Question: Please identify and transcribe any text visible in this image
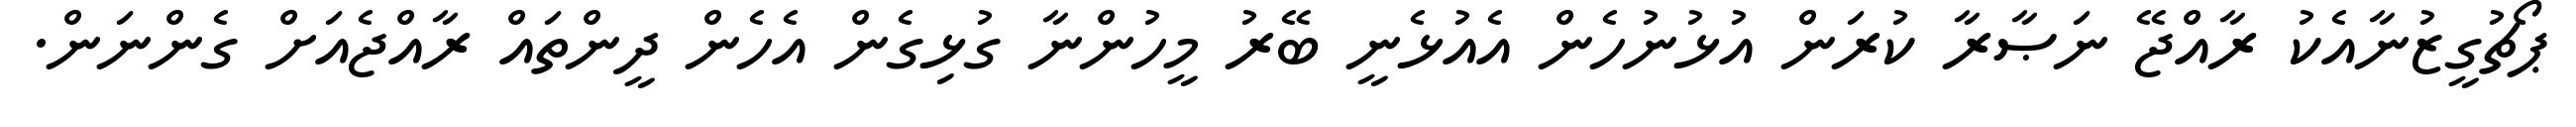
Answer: ޕޯޗުގީޒުނާއެކު ރާއްޖޭ ނަޞާރާ ކުރަން އުޅުނުހެން އެއުޅެނީ ބޭރު މީހުންނާ ގުޅިގެން އެހެން ދީންތައް ރާއްޖެއަށް ގެންނަން.